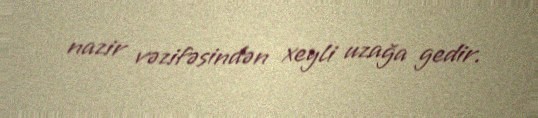
nazir vəzifəsindən xeyli uzağa gedir.